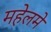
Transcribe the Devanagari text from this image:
महेलमे